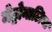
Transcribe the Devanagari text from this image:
मेट्रोनालिया